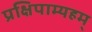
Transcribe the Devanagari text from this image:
प्रक्षिपाम्यहम्